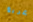
غريغ